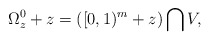
\begin{align*} \Omega_z^0 + z = ( [0,1)^m + z ) \bigcap V,\end{align*}